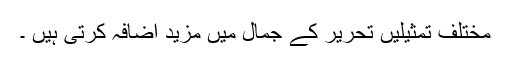
مختلف تمثیلیں تحریر کے جمال میں مزید اضافہ کرتی ہیں ۔